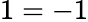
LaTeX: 1=-1